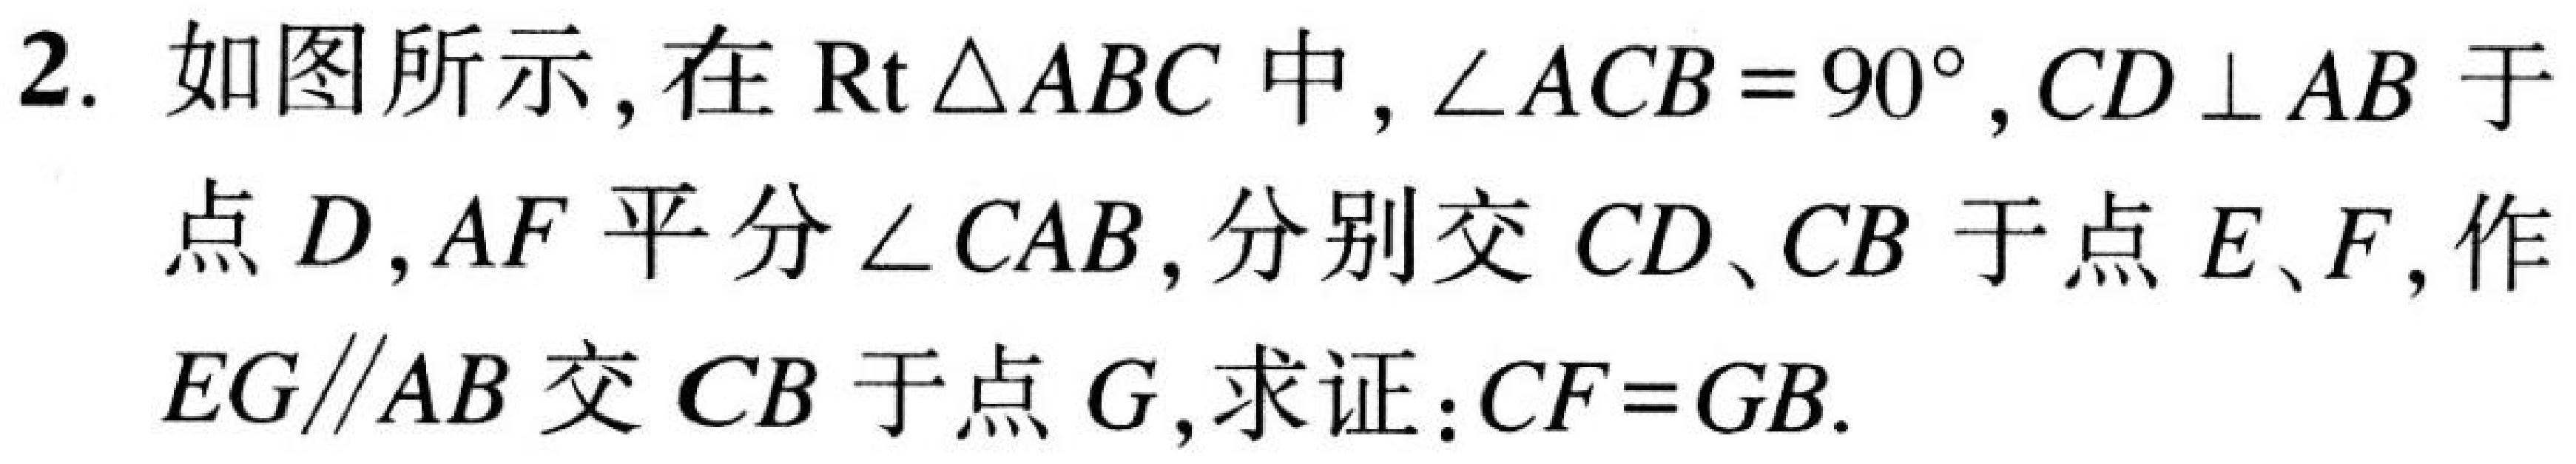
2. 如图所示，在$\text{Rt}\triangle ABC$中，$\angle ACB = 90^{\circ}$，$CD\perp AB$于
点$D$，$AF$平分$\angle CAB$，分别交$CD$、$CB$于点$E$、$F$，作
$EG\parallel AB$交$CB$于点$G$，求证：$CF = GB$.